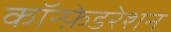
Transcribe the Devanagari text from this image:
कॉन्फ़ेडरेशन